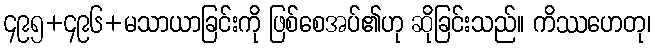
၄၉၅+၄၉၆+မသာယာခြင်းကို ဖြစ်စေအပ်၏ဟု ဆိုခြင်းသည်။ ကိဿဟေတု၊